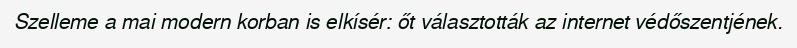
Szelleme a mai modern korban is elkísér: őt választották az internet védőszentjének.